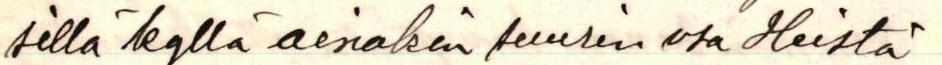
sillä kyllä ainakin suurin osa heistä